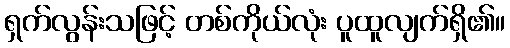
ရှက်လွန်းသဖြင့် တစ်ကိုယ်လုံး ပူထူလျက်ရှိ၏။